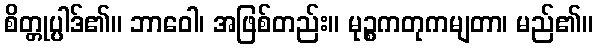
စိတ္တုပ္ပါဒ်၏။ ဘာဝေါ၊ အဖြစ်တည်း။ မုဉ္စကတုကမျတာ၊ မည်၏။